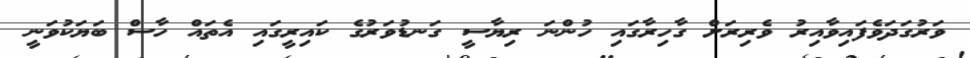
ވަރުގަދަވެފައިވާއިރު ވެރިރަށް ގާހިރާގައި ހުންނަ ރިޔާސީ ގަނޑުވަރުގެ ކައިރީގައި އެތައް ހާސް ބަޔަކުވަނީ